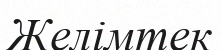
Желімтек